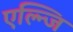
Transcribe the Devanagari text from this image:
एल्न्जि